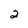
Character: 2